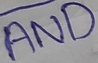
Text: AND